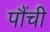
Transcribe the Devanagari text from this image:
पौंची